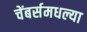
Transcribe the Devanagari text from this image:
चेंबर्समधल्या